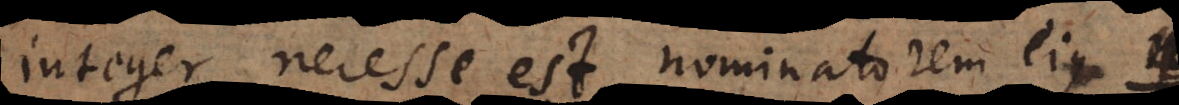
integer, necesse est nominatorem ejus v